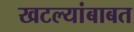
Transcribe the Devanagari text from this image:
खटल्यांबाबत